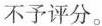
不予评分。